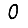
Digit: 0